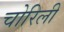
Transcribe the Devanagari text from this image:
चोरिली